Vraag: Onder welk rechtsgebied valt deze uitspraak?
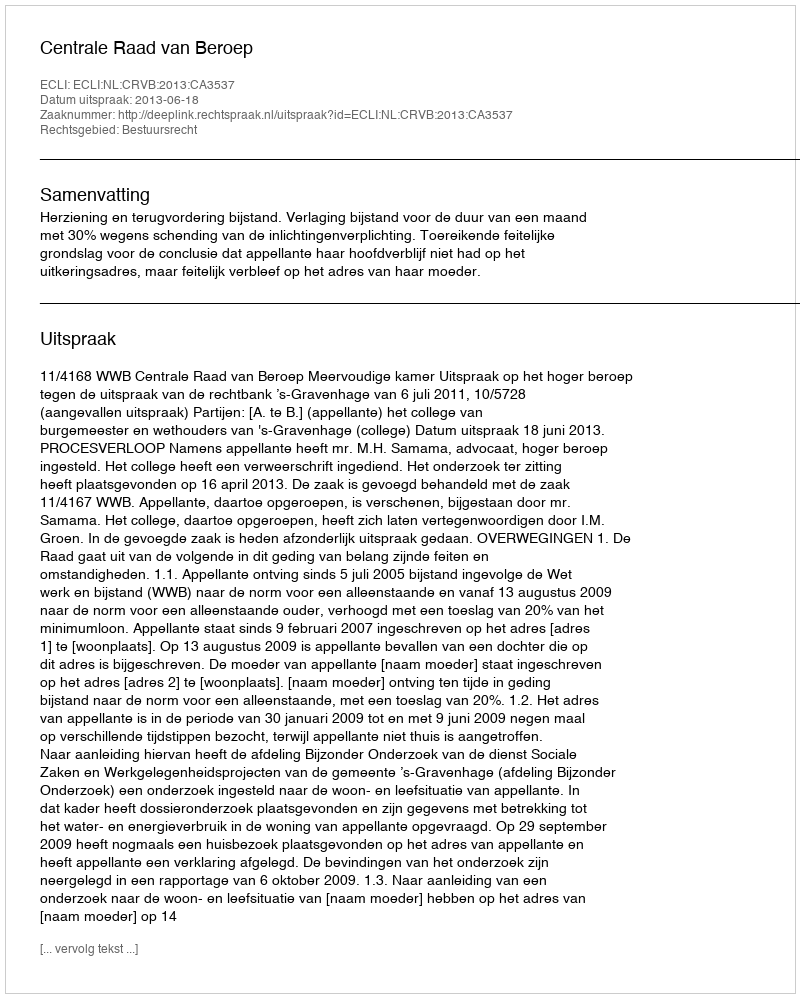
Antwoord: Bestuursrecht